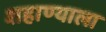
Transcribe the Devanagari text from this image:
शहाण्याला